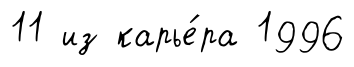
11 из карье́ра 1996